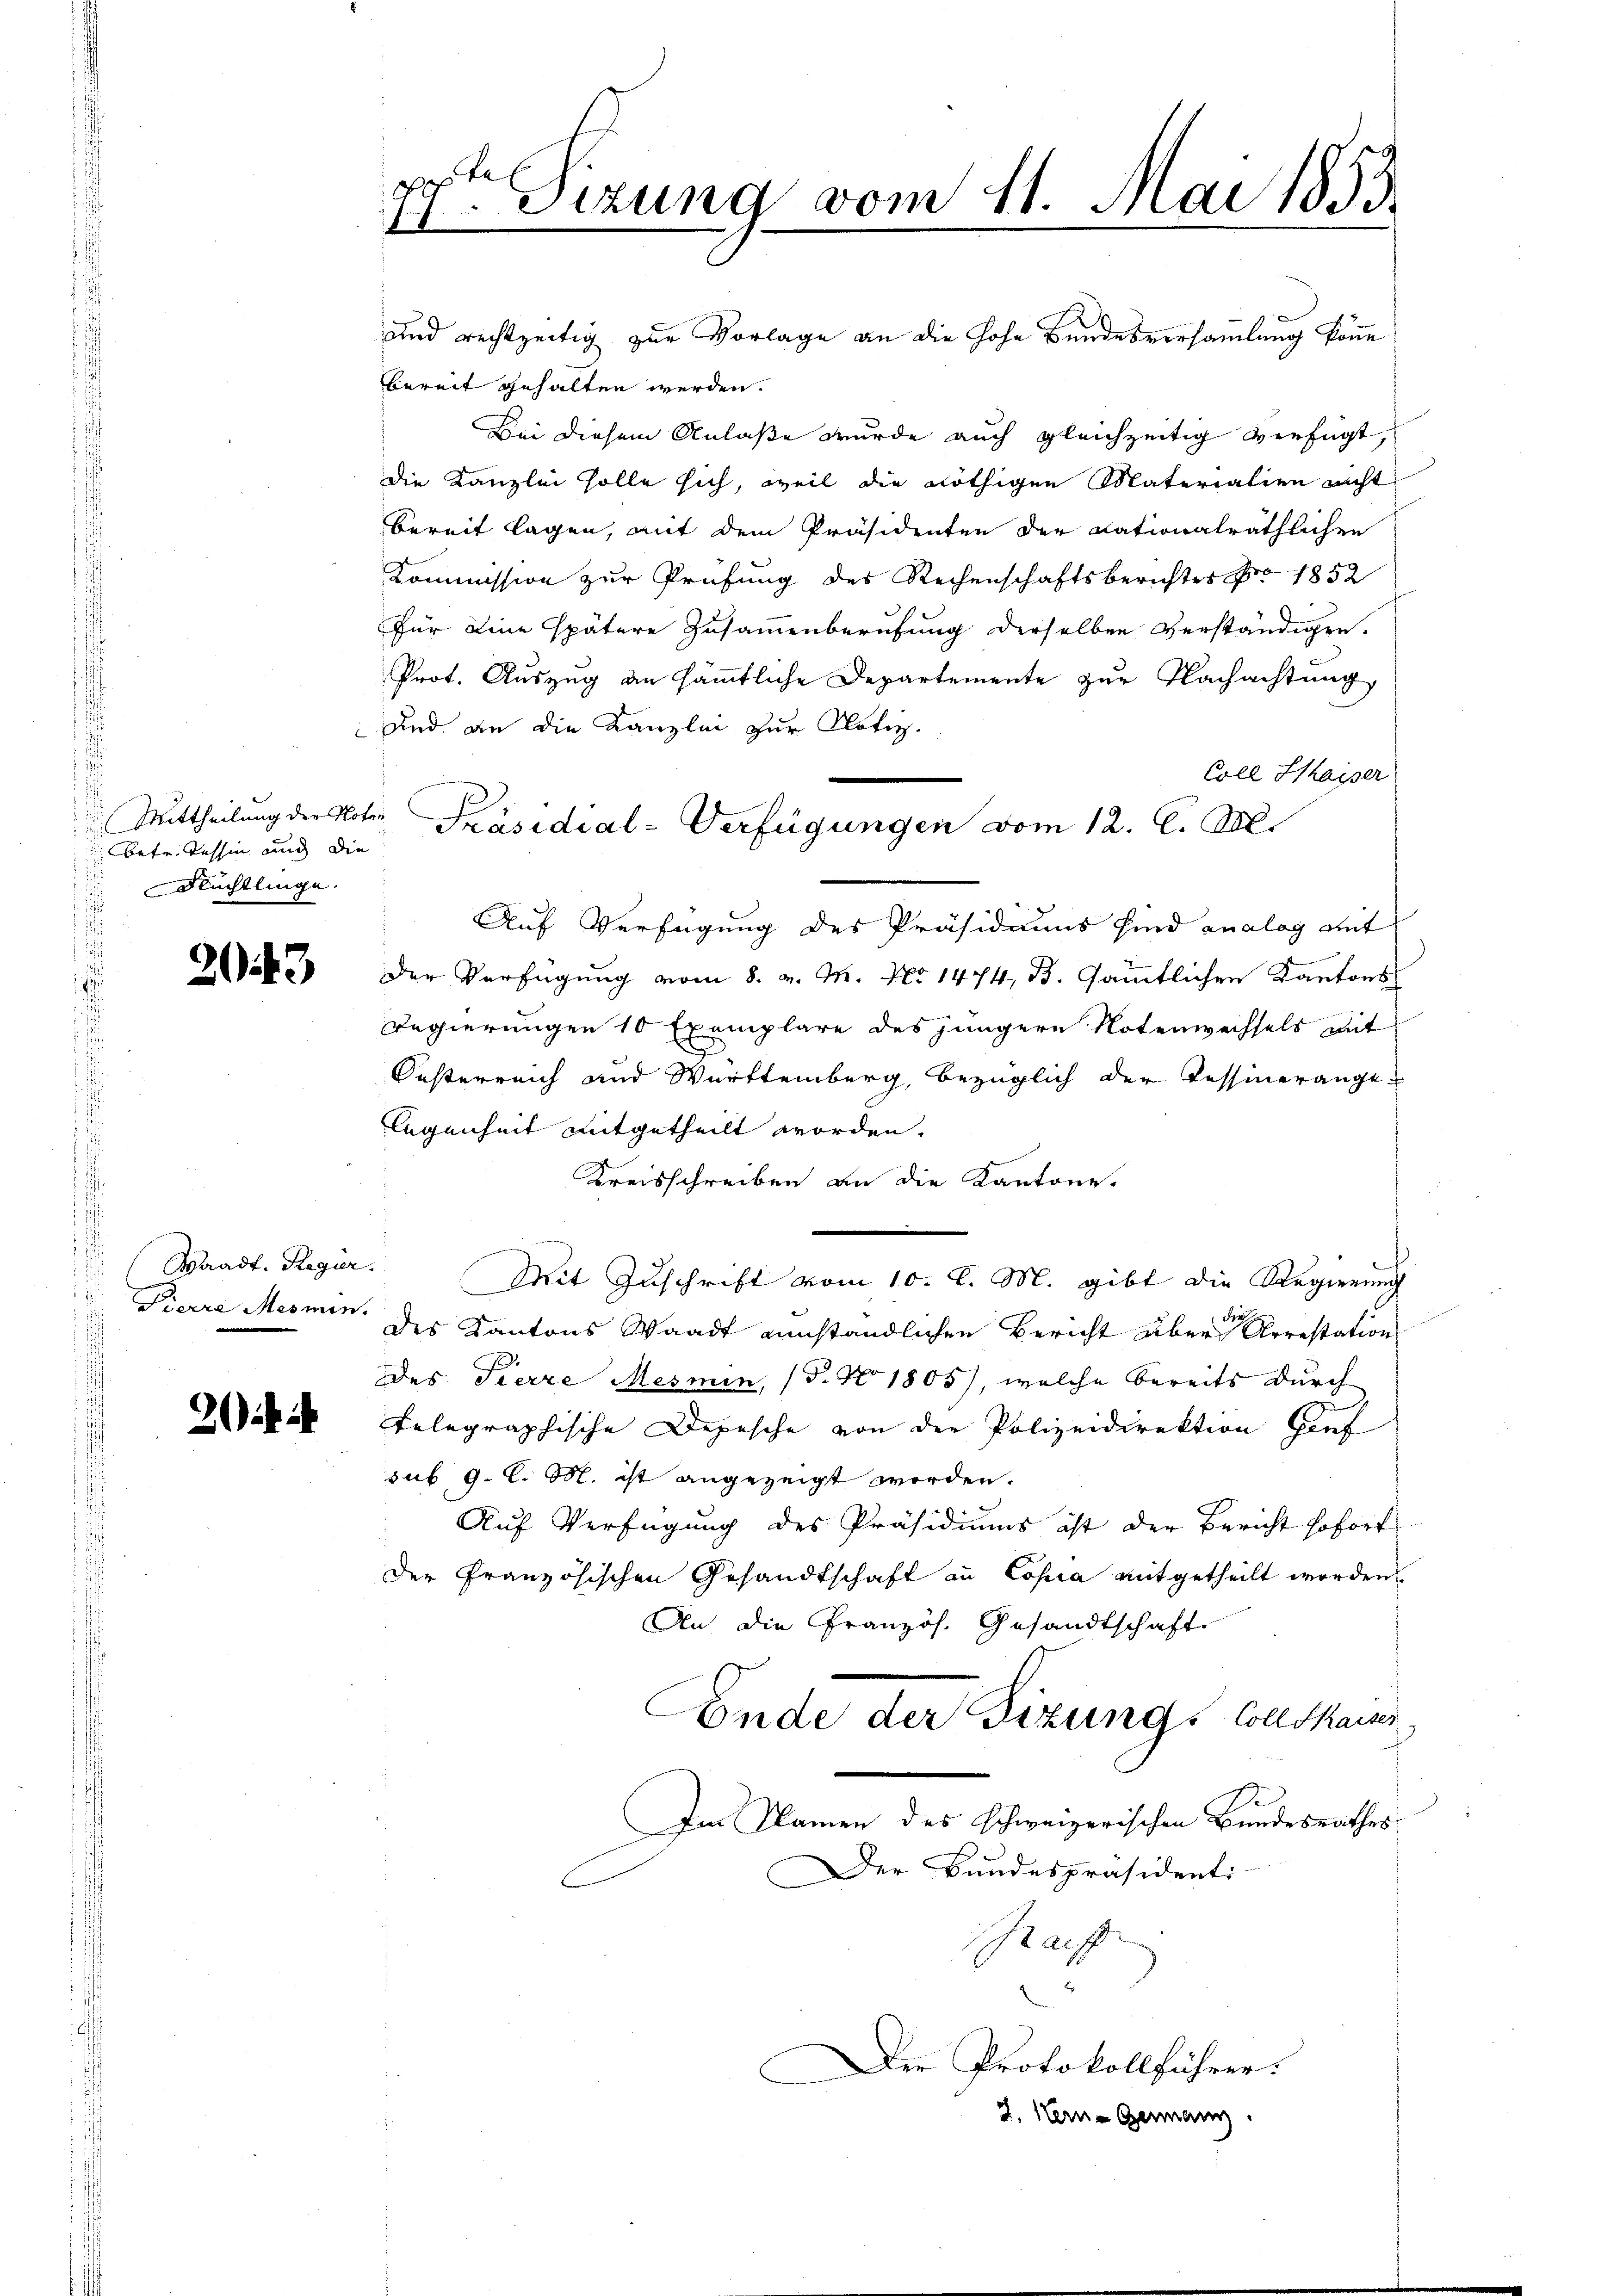
Mittheilung der Noter
betr. Tessin auch die
i
Flüchtlinge.

23)

Waadt. Regier
i
h

de
4. Sizung vom 11. Mai 1853
e

und rechtzeitig zur Vorlage an die hohe Bundesversammlung könne
bereit gehalten werden.
Bei diesem Anlaße wurde auch gleichzeitig verfügt,
die Kanzlei solle sich, weil die nöthigen Materialien nicht
bereit lagen, mit dem Präsidenten der Nationalräthlichen
Kommission zur Prüfung des Rechenschaftsberichtes pro 1852
für eine spätere Zusammenberufung derselben verständigen.
Prot. Auszug an sämmtliche Departemente zur Nachachtung,
Und an die Kanzlei zur Notiz
Coll Kaiser
Auf Verfügung des Präsidiums sind analog mit
Der Verfügung vom 8. v. M. No 1474, B. sämmtlichen Kantons
Regierungen 10 Exemplare des jüngere Notenwechsels mit
Oesterreich und Württemberg, bezüglich der Tessinerangelegenheit mitgetheilt worden.
Kreisschreiben an die Kantone.
Mit Zuschrift vom 10. l. M. gibt die Regierung
d
Pierre Mesmen des Kantons Waadt einständlichen Bericht über Arrestations
des Fierze Mesmin, (T. No 1805), welche bereits durch
telegraphische Depesche von der Polizeidirektion Gief
sub 9. l. M. ist angezeigt worden.
Auf Verfügung des Präsidiums ist der Bericht sofort
der Französischen Gesandtschaft an Copia mitgetheilt worden
An die Französ. Gesandtschaft
Conde der Fizungs Collokaiser
Im Namen des schweizerischen Bundesrathes
s
Der Bundespräsidenti
hraff
Der Protokollführer:
2. Hern - Germann.

Präsidial-Verfügungen vom 12. C. M.